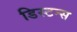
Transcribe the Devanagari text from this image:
डिस्‍टन्स